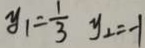
y _ { 1 } = \frac { 1 } { 3 } y _ { 2 } = - 1